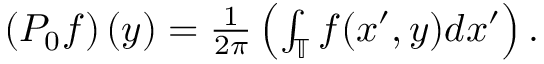
\begin{array} { r } { \left( P _ { 0 } f \right) ( y ) = \frac { 1 } { 2 \pi } \left( \int _ { \mathbb { T } } f ( x ^ { \prime } , y ) d x ^ { \prime } \right) . } \end{array}